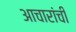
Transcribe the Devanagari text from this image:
आचारांची